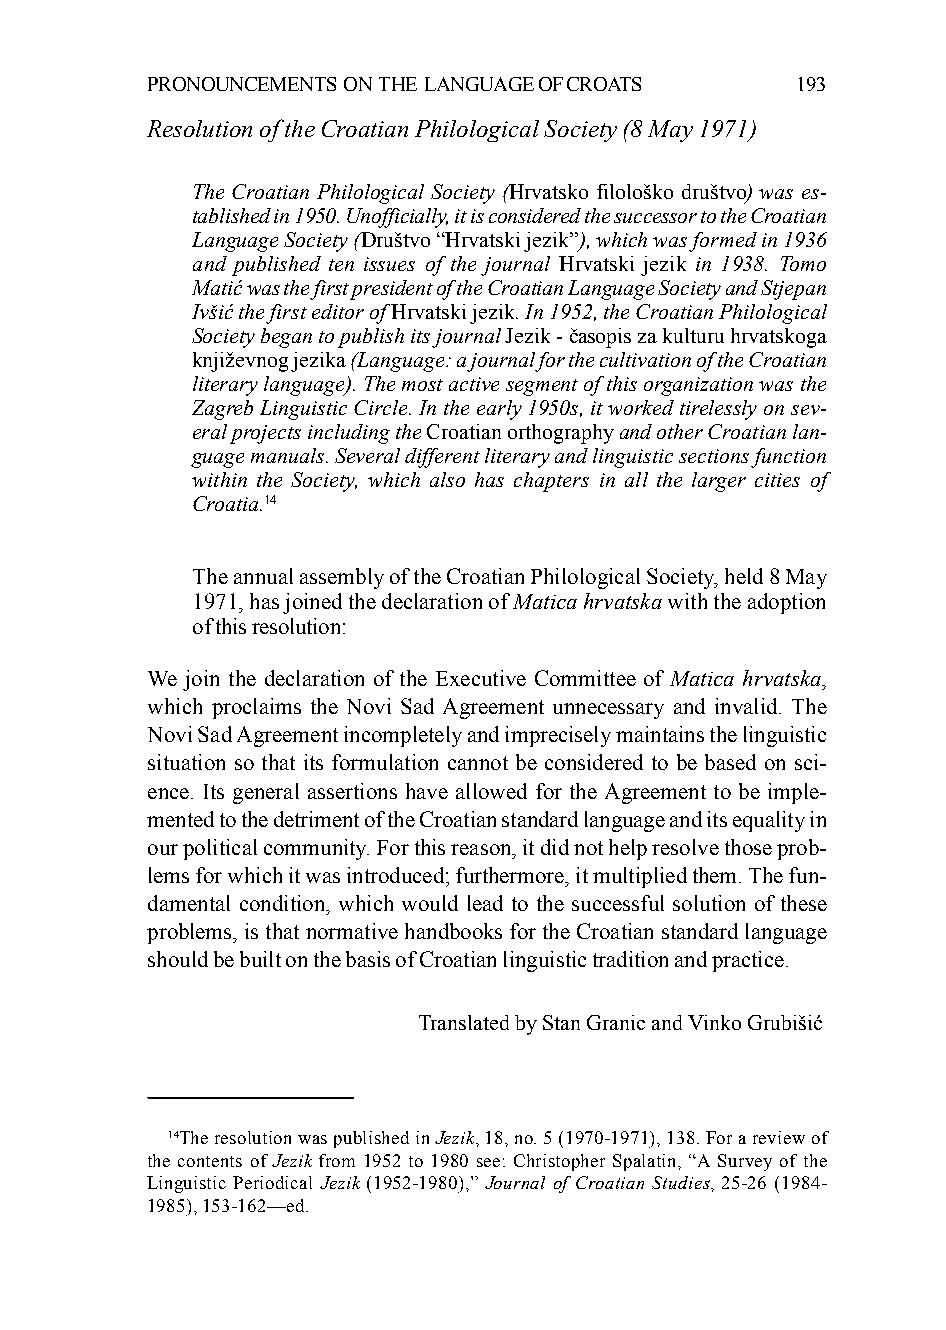
PRONOUNCEMENTS ON THE LANGUAGE OF CROATS   193
 Resolution of the Croatian Philological Society (8 May 1971)
 The Croatian Philological Society (Hrvatsko filološko društvo) was es-
 tablished in 1950. Unofficially, it is considered the successor to the Croatian
 Language Society (Društvo “Hrvatski jezik”), which was formed in 1936
 and published ten issues of the journal Hrvatski jezik in 1938. Tomo
 Matić was the first president of the Croatian Language Society and Stjepan
 Ivšić the first editor of Hrvatski jezik. In 1952, the Croatian Philological
 Society began to publish its journal Jezik - časopis za kulturu hrvatskoga
 književnog jezika (Language: a journal for the cultivation of the Croatian
 literary language). The most active segment of this organization was the
 Zagreb Linguistic Circle. In the early 1950s, it worked tirelessly on sev-
 eral projects including the Croatian orthography and other Croatian lan-
 guage manuals. Several different literary and linguistic sections function
 within the Society, which also has chapters in all the larger cities of
 Croatia.14
 The annual assembly of the Croatian Philological Society, held 8 May
 1971, has joined the declaration of Matica hrvatska with the adoption
 of this resolution:
 We join the declaration of the Executive Committee of Matica hrvatska,
 which proclaims the Novi Sad Agreement unnecessary and invalid. The
 Novi Sad Agreement incompletely and imprecisely maintains the linguistic
 situation so that its formulation cannot be considered to be based on sci-
 ence. Its general assertions have allowed for the Agreement to be imple-
 mented to the detriment of the Croatian standard language and its equality in
 our political community. For this reason, it did not help resolve those prob-
 lems for which it was introduced; furthermore, it multiplied them. The fun-
 damental condition, which would lead to the successful solution of these
 problems, is that normative handbooks for the Croatian standard language
 should be built on the basis of Croatian linguistic tradition and practice.
 Translated by Stan Granic and Vinko Grubišić
 14The resolution was published in Jezik, 18, no. 5 (1970-1971), 138. For a review of
 the contents of Jezik from 1952 to 1980 see: Christopher Spalatin, “A Survey of the
 Linguistic Periodical Jezik (1952-1980),” Journal of Croatian Studies, 25-26 (1984-
 1985), 153-162—ed.